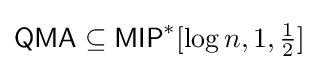
{\mathsf {QMA}}\subseteq {\mathsf {MIP}}^{*}[\log n,1,{\tfrac {1}{2}}]